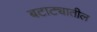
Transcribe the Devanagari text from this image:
बटाट्यातील